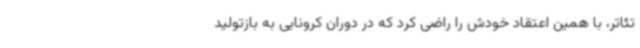
تئاتر، با همین اعتقاد خودش را راضی کرد که در دوران کرونایی به بازتولید